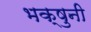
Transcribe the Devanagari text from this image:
भक्षुनी